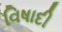
વિષાદી